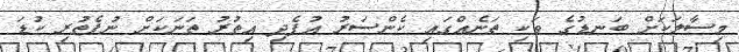
މިސާލަކަށް ބަނޑުގެ ވަކި ތަނެއްގައި ކެންސަރު އުފެދި އިތުރު ތަނަކަށް ނުފެތުރި ކުޑަ